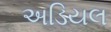
અડિયલ